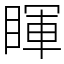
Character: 睴